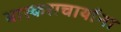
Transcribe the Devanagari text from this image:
भास्कराचार्याना